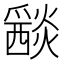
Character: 𤑀